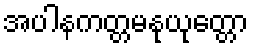
အပါနကတ္တမနုယုတ္တော